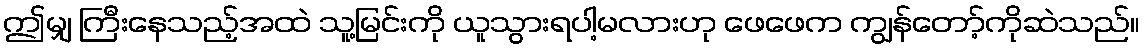
ဤမျှ ကြီးနေသည့်အထဲ သူ့မြင်းကို ယူသွားရပါ့မလားဟု ဖေဖေက ကျွန်တော့်ကိုဆဲသည်။